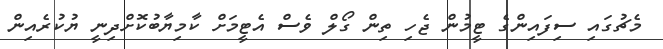
މެޗުގައި ސިފައިންގެ ޓީމުން ޖެހި ތިން ގޯލް ވެސް އެޓީމަށް ކާމިޔާބުކޮށްދިނީ ޔުކުރެއިން